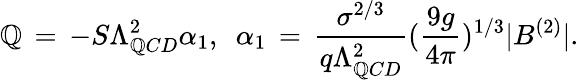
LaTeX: \mathbb{Q}\, =\, -S\Lambda_{\mathbb{Q}CD}^{2}\alpha_{1},~~\alpha_{1}\, =\, \frac{{\sigma^{2/3}}}{{q\Lambda_{\mathbb{Q}CD}^{2}}}(\frac{{9g}}{{4\pi}})^{1/3}|B^{(2)}|.